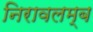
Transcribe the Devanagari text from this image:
निरावलम्ब